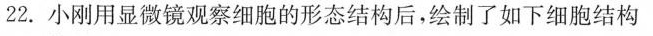
22.小刚用显微镜观察细胞的形态结构后，绘制了如下细胞结构